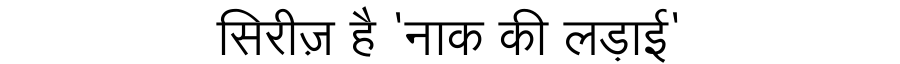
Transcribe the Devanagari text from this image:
सिरीज़ है 'नाक की लड़ाई'